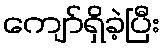
ကျော်ရှိခဲ့ပြီး